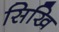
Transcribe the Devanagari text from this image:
सिखि